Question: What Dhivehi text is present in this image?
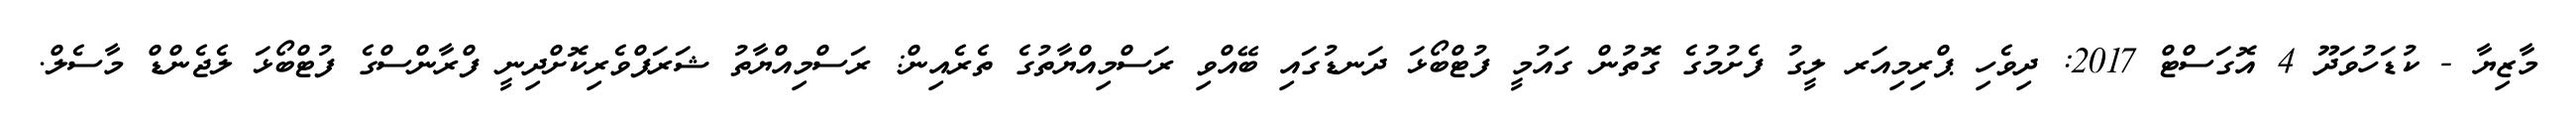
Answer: މާޒިޔާ - ކުޑަހުވަދޫ 4 އޮގަސްޓް 2017: ދިވެހި ޕްރިމިއަރ ލީގު ފެށުމުގެ ގޮތުން ގައުމީ ފުޓްބޯޅަ ދަނޑުގައި ބޭއްވި ރަސްމިއްޔާތުގެ ތެރެއިން: ރަސްމިއްޔާތު ޝަރަފްވެރިކޮށްދިނީ ފްރާންސްގެ ފުޓްބޯޅަ ލެޖެންޑް މާސެލް.